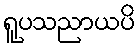
ရူပသညာယပိ